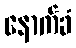
နောက်ခံ